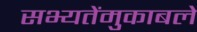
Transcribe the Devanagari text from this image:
सभ्यतेंमुकाबले